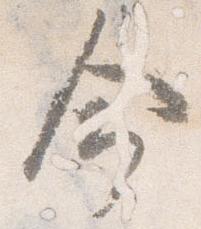
命